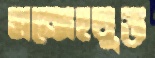
সন্দেহযুক্ত